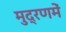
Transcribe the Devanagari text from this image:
मुद्रणमें